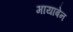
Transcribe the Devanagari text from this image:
मायाबेन